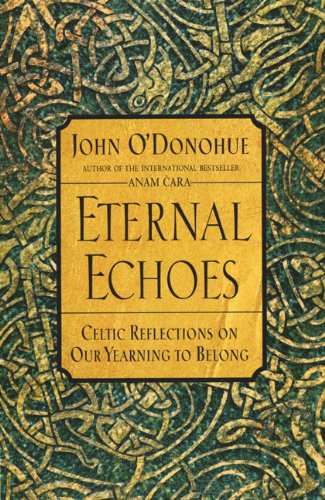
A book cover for Eternal Echoes: Celtic Reflections on Our Yearning to Belong; John O'Donohue; Religion & Spirituality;